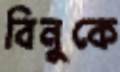
বিনুকে